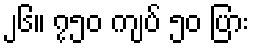
၂၆။ ၇၅၀ ကျပ် ၅၀ ပြား